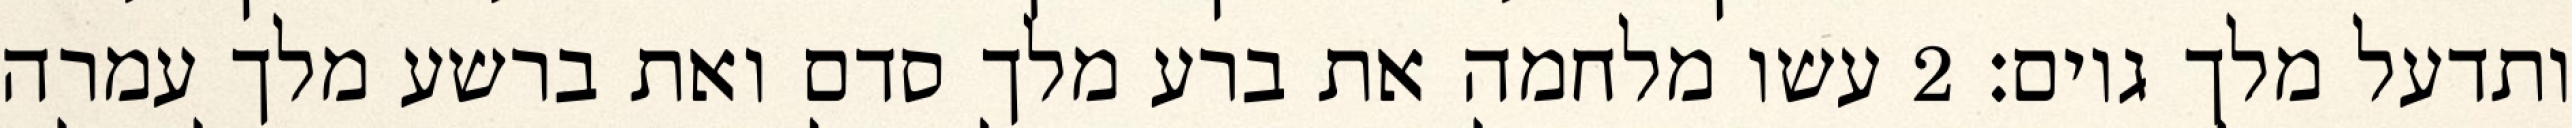
ותדעל מלך גוים׃ ‎2‏ עשו מלחמה את ברע מלך סדם ואת ברשע מלך עמרה